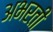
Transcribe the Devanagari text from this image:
अभरती